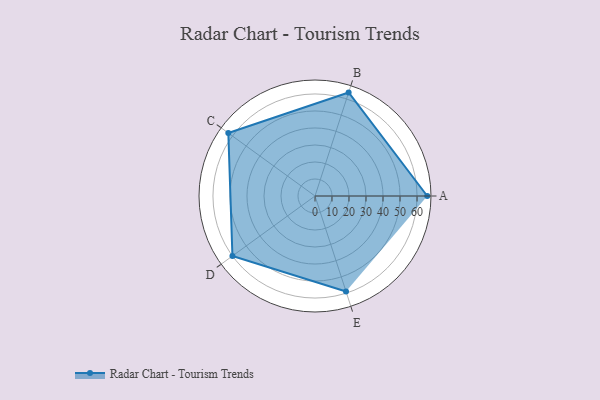
{"axis": {"x": "Skill", "y": "Score"}, "legend": ["Profile"], "data": [{"x": "A", "y": 66.0, "type": "Profile"}, {"x": "B", "y": 64.0, "type": "Profile"}, {"x": "C", "y": 63.0, "type": "Profile"}, {"x": "D", "y": 60.0, "type": "Profile"}, {"x": "E", "y": 59.0, "type": "Profile"}]}